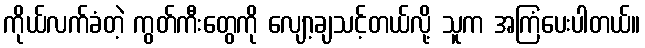
ကိုယ်လက်ခံတဲ့ ကွတ်ကီးတွေကို လျော့ချသင့်တယ်လို့ သူက အကြံပေးပါတယ်။